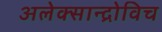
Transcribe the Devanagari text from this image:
अलेक्सान्द्रोविच